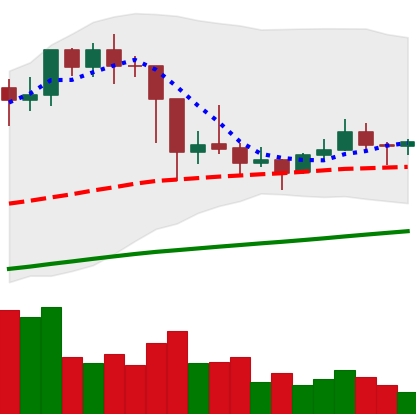
Ticker: LTC-USD
Chart end date: 2021-03-06
Forward return: 9.984%
Label: up_7plus